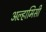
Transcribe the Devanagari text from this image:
अल्हामिसी